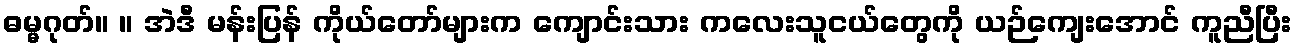
ဓမ္မဂုတ်။ ။ အဲဒီ မန်းပြန် ကိုယ်တော်များက ကျောင်းသား ကလေးသူငယ်တွေကို ယဉ်ကျေးအောင် ကူညီပြီး